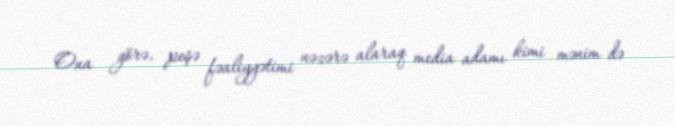
Ona görə, peşə fəaliyyətimi nəzərə alaraq media adamı kimi mənim də